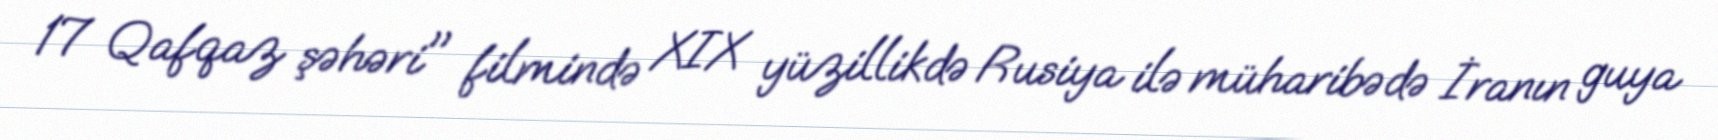
17 Qafqaz şəhəri" filmində XIX yüzillikdə Rusiya ilə müharibədə İranın guya